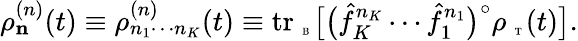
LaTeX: \rho_{\mathbf n}^{(n)}(t)\equiv\rho_{n_{1}\cdots n_{K}}^{(n)}(t)\equiv\mathrm{tr}_{\mathrm{~\tiny~B~}}\big[\big(\hat{f}_{K}^{n_{K}}\cdots\hat{f}_{1}^{n_{1}}\big)^{\circ}\rho_{\mathrm{~\tiny~T~}}(t)\big].